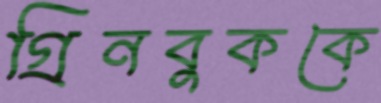
গ্রিনবুককে